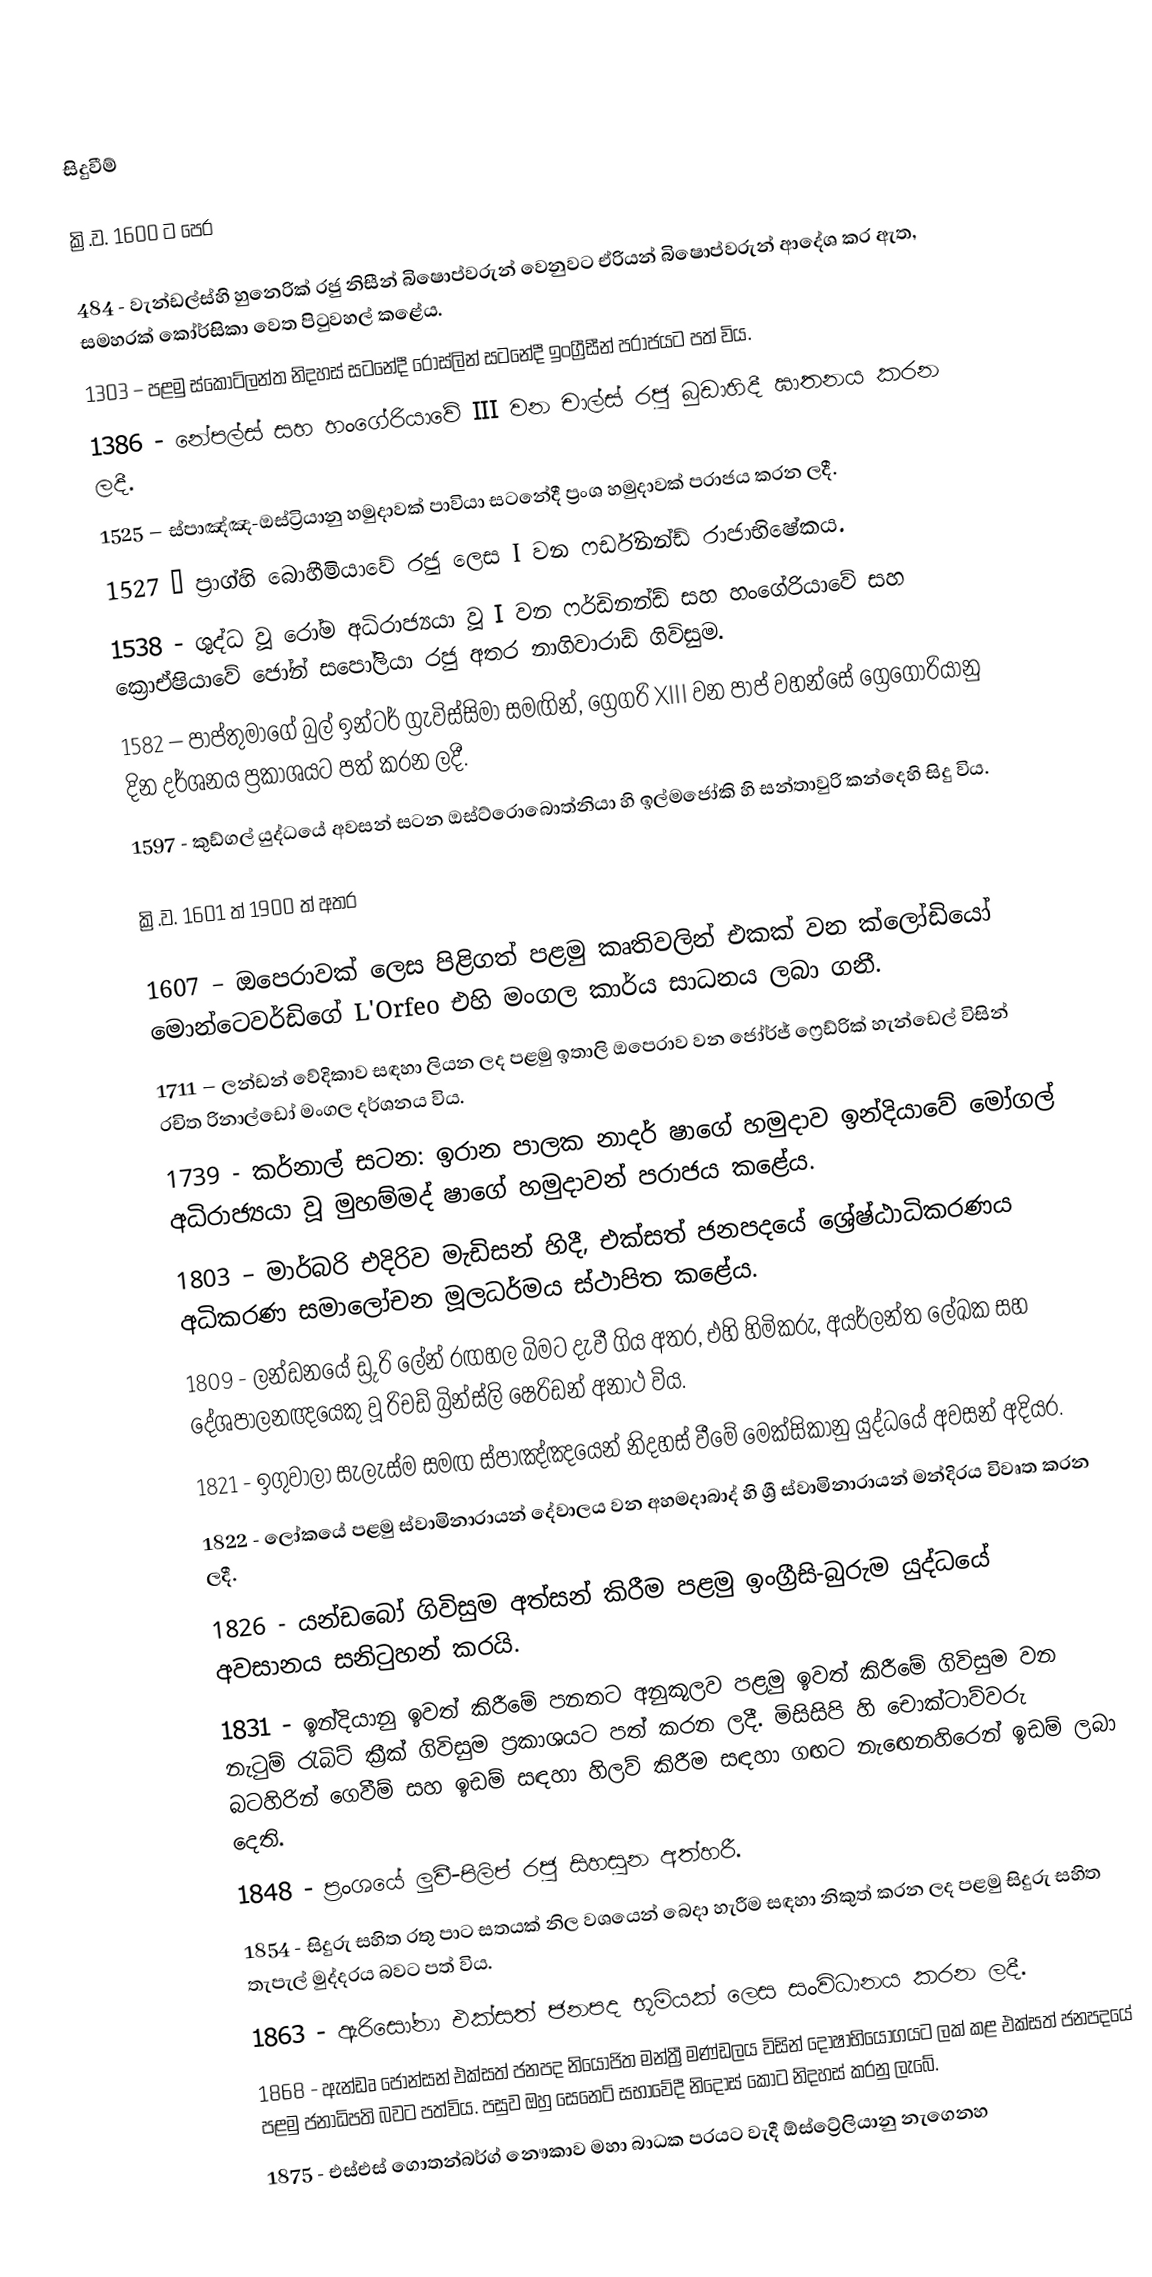

සිදුවීම්

ක්‍රි.ව. 1600 ට පෙර

 484 - වැන්ඩල්ස්හි හුනෙරික් රජු නිසීන් බිෂොප්වරුන් වෙනුවට ඒරියන් බිෂොප්වරුන් ආදේශ කර ඇත, සමහරක් කෝර්සිකා වෙත පිටුවහල් කළේය.
 1303 – පළමු ස්කොට්ලන්ත නිදහස් සටනේදී රොස්ලින් සටනේදී ඉංග්‍රීසීන් පරාජයට පත් විය.
 1386 - නේපල්ස් සහ හංගේරියාවේ III වන චාල්ස් රජු බුඩාහිදී ඝාතනය කරන ලදී.
 1525 – ස්පාඤ්ඤ-ඔස්ට්‍රියානු හමුදාවක් පාවියා සටනේදී ප්‍රංශ හමුදාවක් පරාජය කරන ලදී.
 1527 – ප්‍රාග්හි බොහීමියාවේ රජු ලෙස I වන ෆර්ඩිනන්ඩ් රාජාභිෂේකය.
 1538 - ශුද්ධ වූ රෝම අධිරාජ්‍යයා වූ I වන ෆර්ඩිනන්ඩ් සහ හංගේරියාවේ සහ ක්‍රොඒෂියාවේ ජෝන් සපෝලියා රජු අතර නාගිවාරාඩ් ගිවිසුම.
 1582 – පාප්තුමාගේ බුල් ඉන්ටර් ග්‍රැවිස්සිමා සමඟින්, ග්‍රෙගරි XIII වන පාප් වහන්සේ ග්‍රෙගෝරියානු දින දර්ශනය ප්‍රකාශයට පත් කරන ලදී.
 1597 - කුඩ්ගල් යුද්ධයේ අවසන් සටන ඔස්ට්රොබොත්නියා හි ඉල්මජෝකි හි සන්තාවුරි කන්දෙහි සිදු විය.

ක්‍රි.ව. 1601 ත් 1900 ත් අතර

 1607 – ඔපෙරාවක් ලෙස පිළිගත් පළමු කෘතිවලින් එකක් වන ක්ලෝඩියෝ මොන්ටෙවර්ඩිගේ L'Orfeo එහි මංගල කාර්ය සාධනය ලබා ගනී.
 1711 – ලන්ඩන් වේදිකාව සඳහා ලියන ලද පළමු ඉතාලි ඔපෙරාව වන ජෝර්ජ් ෆ්‍රෙඩ්රික් හැන්ඩෙල් විසින් රචිත රිනාල්ඩෝ මංගල දර්ශනය විය.
 1739 - කර්නාල් සටන: ඉරාන පාලක නාදර් ෂාගේ හමුදාව ඉන්දියාවේ මෝගල් අධිරාජ්‍යයා වූ මුහම්මද් ෂාගේ හමුදාවන් පරාජය කළේය.
 1803 – මාර්බරි එදිරිව මැඩිසන් හිදී, එක්සත් ජනපදයේ ශ්‍රේෂ්ඨාධිකරණය අධිකරණ සමාලෝචන මූලධර්මය ස්ථාපිත කළේය.
 1809 - ලන්ඩනයේ ඩ්‍රුරි ලේන් රඟහල බිමට දැවී ගිය අතර, එහි හිමිකරු, අයර්ලන්ත ලේඛක සහ දේශපාලනඥයෙකු වූ රිචඩ් බ්‍රින්ස්ලි ෂෙරිඩන් අනාථ විය.
 1821 - ඉගුවාලා සැලැස්ම සමඟ ස්පාඤ්ඤයෙන් නිදහස් වීමේ මෙක්සිකානු යුද්ධයේ අවසන් අදියර.
 1822 - ලෝකයේ පළමු ස්වාමිනාරායන් දේවාලය වන අහමදාබාද් හි ශ්‍රී ස්වාමිනාරායන් මන්දිරය විවෘත කරන ලදී.
 1826 - යන්ඩබෝ ගිවිසුම අත්සන් කිරීම පළමු ඉංග්‍රීසි-බුරුම යුද්ධයේ අවසානය සනිටුහන් කරයි.
 1831 - ඉන්දියානු ඉවත් කිරීමේ පනතට අනුකූලව පළමු ඉවත් කිරීමේ ගිවිසුම වන නැටුම් රැබිට් ක්‍රීක් ගිවිසුම ප්‍රකාශයට පත් කරන ලදී. මිසිසිපි හි චොක්ටාව්වරු බටහිරින් ගෙවීම් සහ ඉඩම් සඳහා හිලව් කිරීම සඳහා ගඟට නැඟෙනහිරෙන් ඉඩම් ලබා දෙති.
 1848 - ප්‍රංශයේ ලුවී-පිලිප් රජු සිහසුන අත්හරී.
 1854 - සිදුරු සහිත රතු පාට සතයක් නිල වශයෙන් බෙදා හැරීම සඳහා නිකුත් කරන ලද පළමු සිදුරු සහිත තැපැල් මුද්දරය බවට පත් විය.
 1863 - ඇරිසෝනා එක්සත් ජනපද භූමියක් ලෙස සංවිධානය කරන ලදී.
 1868 - ඇන්ඩෘ ජොන්සන් එක්සත් ජනපද නියෝජිත මන්ත්‍රී මණ්ඩලය විසින් දෝෂාභියෝගයට ලක් කළ එක්සත් ජනපදයේ පළමු ජනාධිපති බවට පත්විය. පසුව ඔහු සෙනෙට් සභාවේදී නිදොස් කොට නිදහස් කරනු ලැබේ.
 1875 - එස්එස් ගොතන්බර්ග් නෞකාව මහා බාධක පරයට වැදී ඕස්ට්‍රේලියානු නැගෙනහ